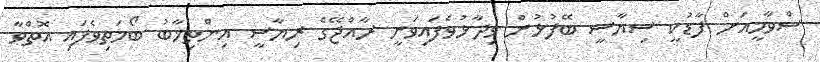
ސްވާމީއަށް ފާޑުކީ ސިޔާސީ ބޭފުޅުން ވިދާޅުވެފައިވަނީ ރާއްޖޭގެ ރިޔާސީ އިންތިޚާބު ބޯމަތިވެފައި އޮތްވާ